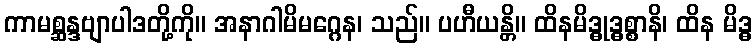
ကာမစ္ဆန္ဒဗျာပါဒတို့ကို။ အနာဂါမိမဂ္ဂေန၊ သည်။ ပဟီယန္တိ။ ထိနမိဒ္ဓုဒ္ဓစ္စာနိ၊ ထိန မိဒ္ဓ